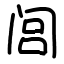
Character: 闾